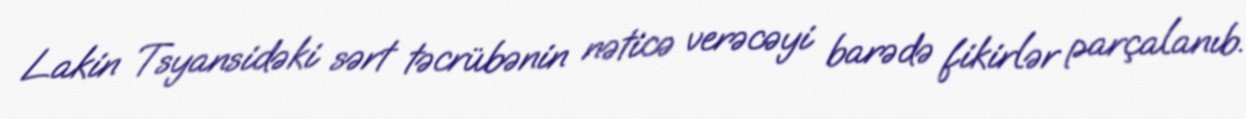
Lakin Tsyansidəki sərt təcrübənin nəticə verəcəyi barədə fikirlər parçalanıb.